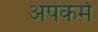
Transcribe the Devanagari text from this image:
अपकर्म